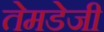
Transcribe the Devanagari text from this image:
तेमडेजी